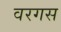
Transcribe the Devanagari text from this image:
वरगस